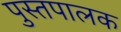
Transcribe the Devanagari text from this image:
पुस्तपालक